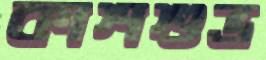
কাশশুভ্র